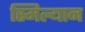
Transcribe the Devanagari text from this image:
स्मिल्यान